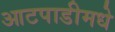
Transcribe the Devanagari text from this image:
आटपाडीमधे